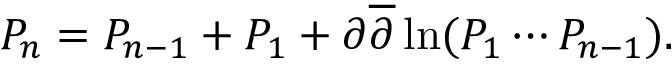
P _ { n } = P _ { n - 1 } + P _ { 1 } + \partial \overline { { { \partial } } } \ln ( P _ { 1 } \cdots P _ { n - 1 } ) .